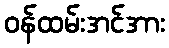
ဝန်ထမ်းအင်အား